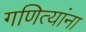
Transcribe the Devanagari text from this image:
गणित्यांना